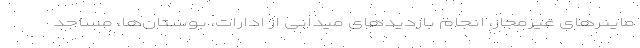
ماینرهای غیرمجاز، انجام بازدیدهای میدانی از ادارات، بوستان‌ها، مساجد